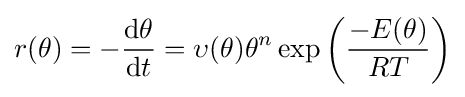
r(\theta )=-{\frac {{\text{d}}\theta }{{\text{d}}t}}=\upsilon (\theta )\theta ^{n}\exp \left({\frac {-E(\theta )}{RT}}\right)